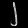
Digit: ၂